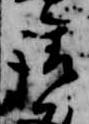
請